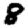
Digit: 8